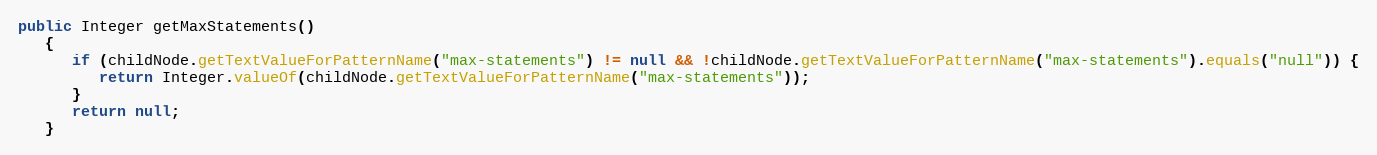
Language: Java
public Integer getMaxStatements()
   {
      if (childNode.getTextValueForPatternName("max-statements") != null && !childNode.getTextValueForPatternName("max-statements").equals("null")) {
         return Integer.valueOf(childNode.getTextValueForPatternName("max-statements"));
      }
      return null;
   }